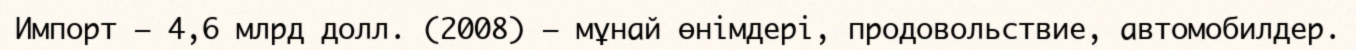
Импорт — 4,6 млрд долл. (2008) — мұнай өнімдері, продовольствие, автомобилдер.